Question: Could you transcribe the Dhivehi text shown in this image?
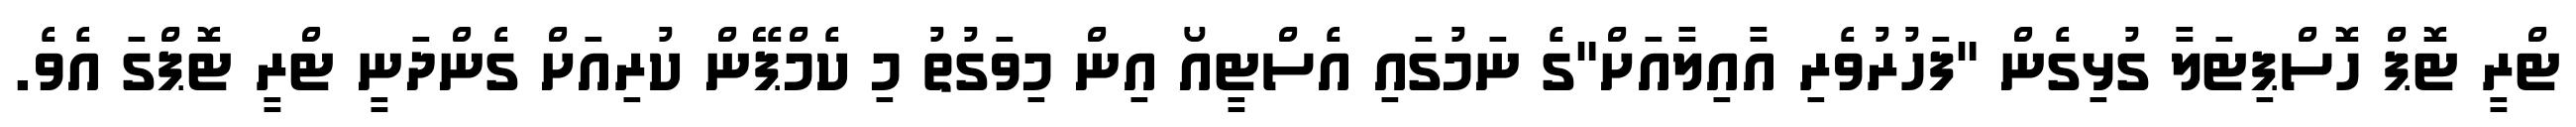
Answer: ޓްރީ ޓޮޕް ހޮސްޕިޓަލާ ގުޅިގެން "ފަހުރުވެރި އާއިލާއަށް"ގެ ނަމުގައި އެސްޓީއޯ އިން މިވަގުތު މި ކެމްޕޭން ކުރިއަށް ގެންދަނީ ޓްރީ ޓޮޕްގަ އެވެ.